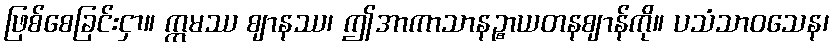
ဖြစ်စေခြင်းငှာ။ ဣမဿ ဈာနဿ၊ ဤအာကာသာနဉ္စာယတနဈာန်ကို။ ပသံသာဝသေန၊